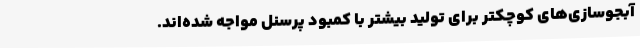
آبجوسازی‌های کوچکتر برای تولید بیشتر با کمبود پرسنل مواجه شده‌اند.